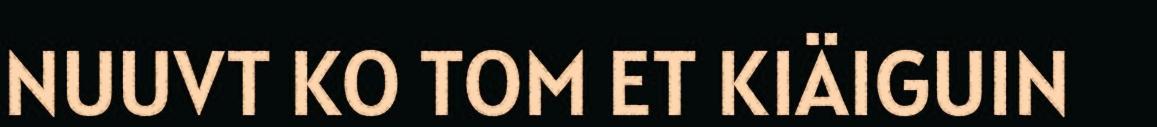
NUUVT KO TOM ET KIÄIGUIN